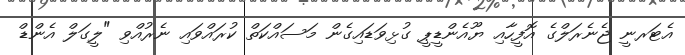
އެޓަރނީ ޖެނެރަލްގެ އޮފީހާއި ޔޫއެންޑީޕީ ގުޅިވަޑައިގެން މަސައްކަތް ކުރައްވައި ނެރުއްވި "ލީގަލް އެންޑް